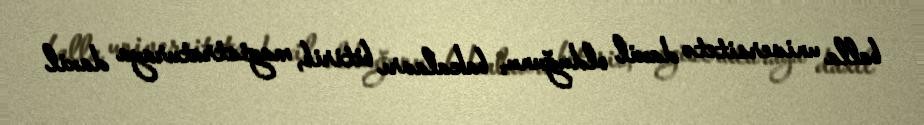
balla universitetə daxil olduğunu, bakalavrı bitirib, magistraturaya daxil